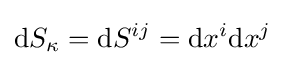
\mathrm {d} S_{\kappa }=\mathrm {d} S^{ij}=\mathrm {d} x^{i}\mathrm {d} x^{j}